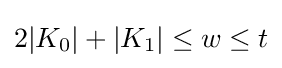
2|K_{0}|+|K_{1}|\leq w\leq t